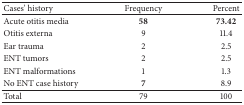
<table><thead><tr><td><b>Cases&#x27; history</b></td><td><b>Frequency</b></td><td><b>Percent </b></td></tr></thead><tbody><tr><td>Acute otitis media</td><td><b>58</b></td><td><b>73.42</b></td></tr><tr><td> Otitis externa</td><td>9</td><td>11.4</td></tr><tr><td>Ear trauma</td><td>2</td><td>2.5</td></tr><tr><td>ENT tumors</td><td>2</td><td>2.5</td></tr><tr><td>ENT malformations</td><td>1</td><td>1.3</td></tr><tr><td>No ENT case history</td><td><b>7</b></td><td>8.9</td></tr><tr><td>Total</td><td>79</td><td>100</td></tr></tbody></table>